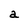
Character: a